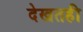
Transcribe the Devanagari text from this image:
देखतही